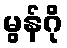
မွန်ဂို